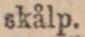
skålp.